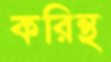
করিন্থ